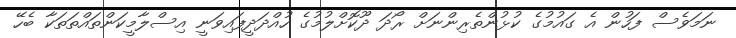
ނަމަވެސް ފަހުން އެ ގައުމުގެ ކުޅުންތެރިންނަށް ރޯދަ ދޫކޮށްލުމުގެ ހުއްދަދީފައިވަނީ އިސްލާމީކަންތައްތަތަކާ ބެހޭ